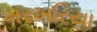
ખરખરિયા